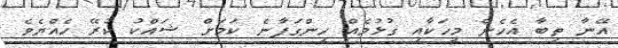
އޭނާ ތިބާ އެހެން މީހަކާއި ގުޅުމެއް ހިންގަފާނެ ކަމަށް ޝައްކު ކުރޭ ހެއްޔެވެ